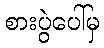
စားပွဲပေါ်မှ